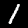
Digit: 1